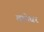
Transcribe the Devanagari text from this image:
वानेवर